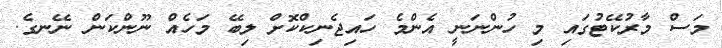
މަސް މާރުކޭޓުގައި މި ހުންނަނީ އެންމެ ހައިޖެނިކްކޮށް ލިބޭ މަހެއް ނޫންކަން ނޭނގެ.